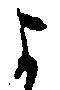
よ